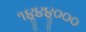
૧૪ૢ૪૪ૢ૦૦૦